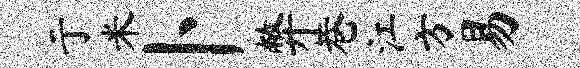
亍米卜弊巷江方易